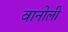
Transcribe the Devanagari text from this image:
वानोली